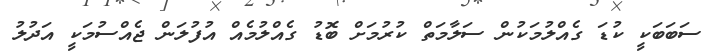
ސަބަބަކީ ކުޑަ ގެއްލުމަކުން ސަލާމަތް ކުރުމަށް ބޮޑު ގެއްލުމެއް އުފުލަން ޖެއްސުމަކީ އަދުލު